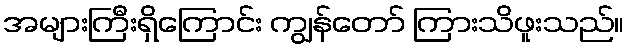
အများကြီးရှိကြောင်း ကျွန်တော် ကြားသိဖူးသည်။